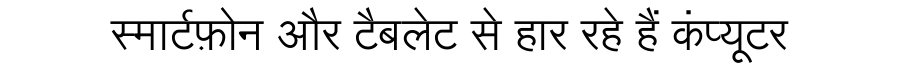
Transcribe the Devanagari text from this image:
स्मार्टफ़ोन और टैबलेट से हार रहे हैं कंप्यूटर